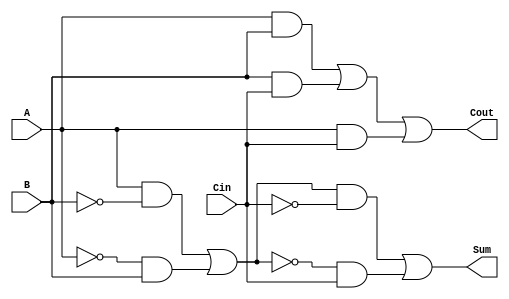
module TransmissionGateFullAdder (
    input wire A,     // First input bit
    input wire B,     // Second input bit
    input wire Cin,   // Carry-in bit
    output wire Sum,  // Sum output
    output wire Cout  // Carry-out output
);

    // Intermediate signals
    wire AB, BCin, ACin; // Intermediate products
    wire AxorB;          // Intermediate XOR result

    // Transmission gates for Sum = A  B  Cin
    // First stage: A  B
    assign AxorB = (A & ~B & 1) | (~A & B & 1); // A  B using transmission gate logic

    // Second stage: (A  B)  Cin
    assign Sum = (AxorB & ~Cin & 1) | (~AxorB & Cin & 1); // (A  B)  Cin using transmission gate logic

    // Transmission gates for Cout = (A & B) + (B & Cin) + (A & Cin)
    // Generate intermediate products
    assign AB = A & B;        // A  B
    assign BCin = B & Cin;    // B  Cin
    assign ACin = A & Cin;    // A  Cin

    // Combine products using OR logic
    assign Cout = AB | BCin | ACin; // Cout = (A  B) + (B  Cin) + (A  Cin)

endmodule